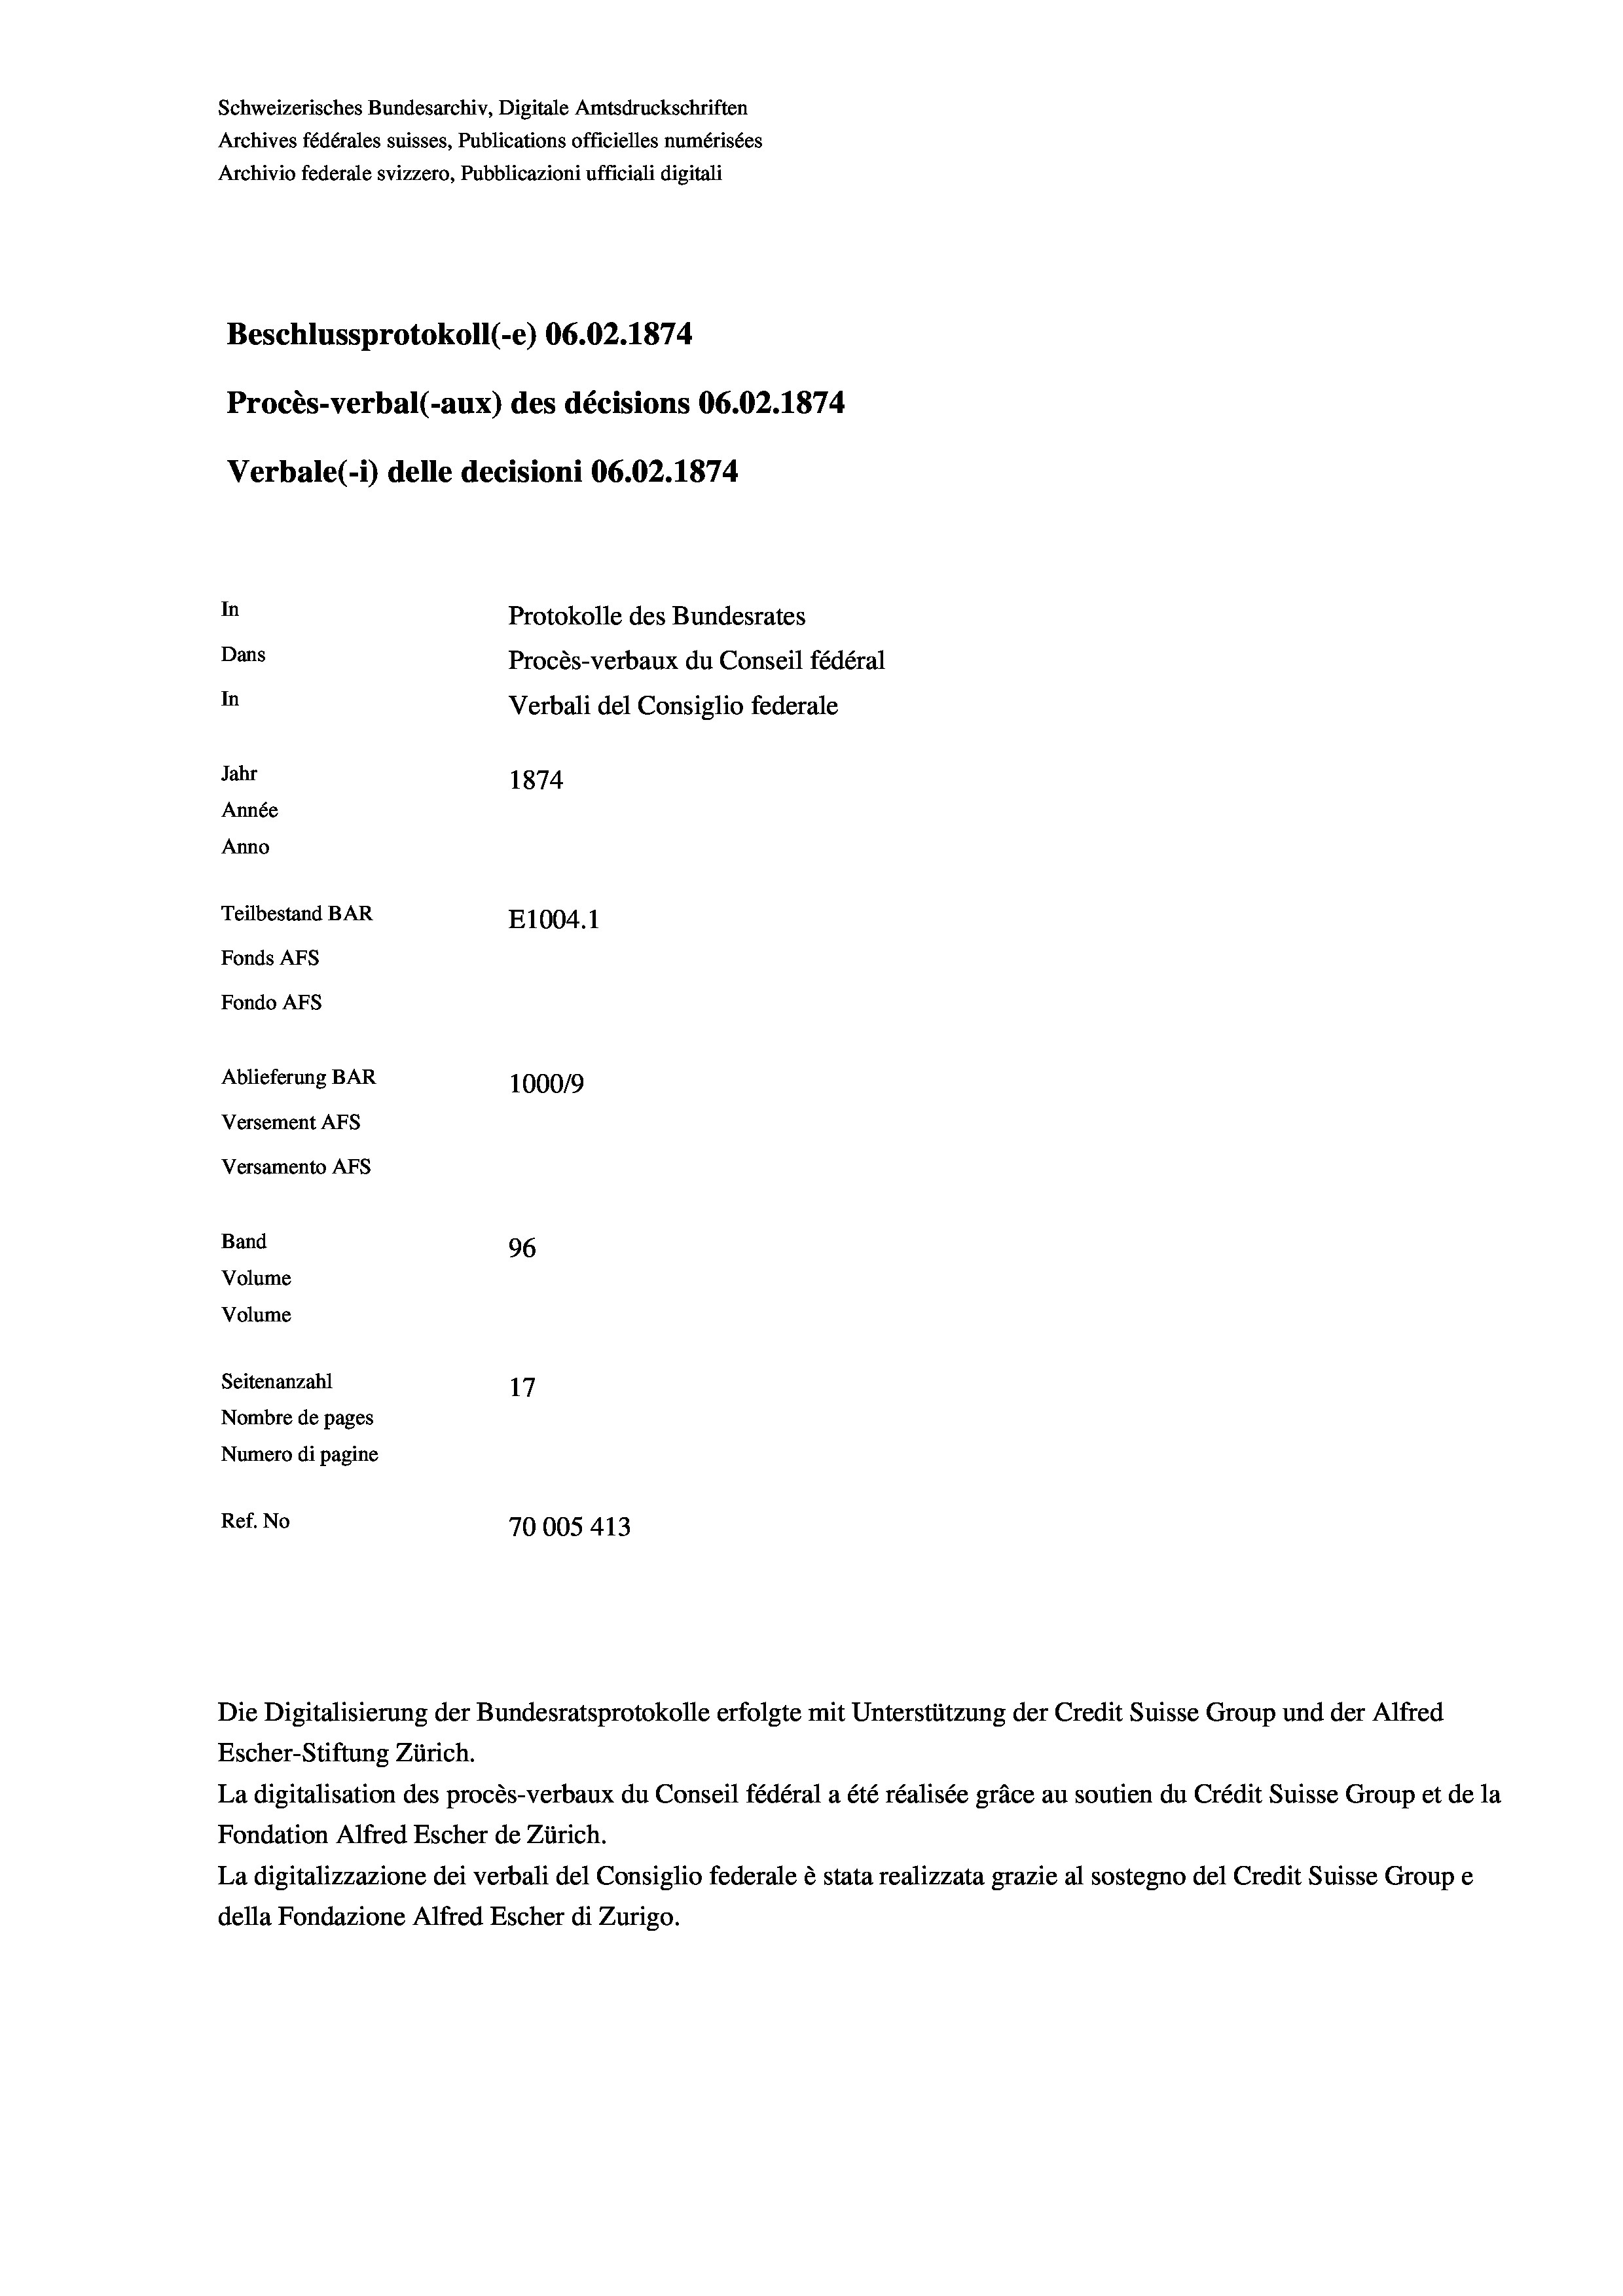
Schweizerisches Bundesarchiv, Digitale Amtsdruckschriften
Archives fédérales suisses, Publications officielles numérisées
Archivio federale svizzero, Pubblicazioni ufficiali digitali
Beschlussprotokoll (e) 06.02. 1874.
Procès-verbal (-aux) des décisions 06.02. 1874
Verbale (i) delle decisioni 06.02. 1874
In
Protokolle des Bundesrates
Dans
Procès-verbaux du Conseil fédéral
In
Verbali del Consiglio federale
Jahr
1874
Année
Anno
Teilbestand BAR
E1004. 1
Fonds AFs
Fondo AFs
Ablieferung BAR
1000/9
Versement Abs
Versamento Afs

96
Seitenanzahl
Nombre de pages
Numero di pagine
Ref. No
70005 413

Band
Volume
Volume

Escher-Stiftung Zürich.
La digitalisation des procès-verbaux du Conseil fédéral a été réalisée gräce au soutien du Crédit Suisse Group et de la
Fondation Alfred Escher de Zürich.
La digitalizzazione dei verbali del Consiglio federale è stata realizzata grazie al sostegno del Credit Suisse Groupe
della Fondazione Alfred Escher di Zurigo.

Die Digitalisierung der Bundesratsprotokolle erfolgte mit Unterstützung der Credit Suisse Group und der Alfred